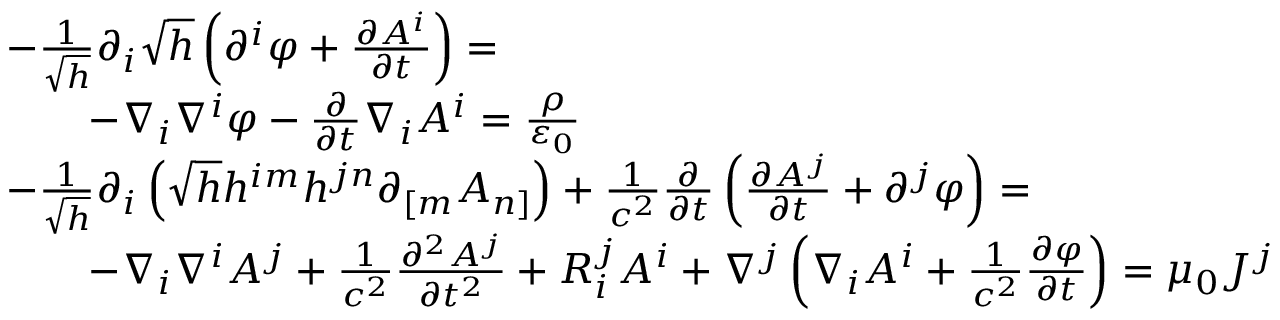
{ \begin{array} { r l } & { { - } { \frac { 1 } { \sqrt { h } } } \partial _ { i } { \sqrt { h } } \left( \partial ^ { i } \varphi + { \frac { \partial A ^ { i } } { \partial t } } \right) = } \\ & { \qquad - \nabla _ { i } \nabla ^ { i } \varphi - { \frac { \partial } { \partial t } } \nabla _ { i } A ^ { i } = { \frac { \rho } { \varepsilon _ { 0 } } } } \\ & { { - } { \frac { 1 } { \sqrt { h } } } \partial _ { i } \left( { \sqrt { h } } h ^ { i m } h ^ { j n } \partial _ { [ m } A _ { n ] } \right) + { \frac { 1 } { c ^ { 2 } } } { \frac { \partial } { \partial t } } \left( { \frac { \partial A ^ { j } } { \partial t } } + \partial ^ { j } \varphi \right) = } \\ & { \qquad { - } \nabla _ { i } \nabla ^ { i } A ^ { j } + { \frac { 1 } { c ^ { 2 } } } { \frac { \partial ^ { 2 } A ^ { j } } { \partial t ^ { 2 } } } + R _ { i } ^ { j } A ^ { i } + \nabla ^ { j } \left( \nabla _ { i } A ^ { i } + { \frac { 1 } { c ^ { 2 } } } { \frac { \partial \varphi } { \partial t } } \right) = \mu _ { 0 } J ^ { j } } \end{array} }